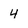
Character: 4